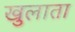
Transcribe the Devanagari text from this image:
खुलाता